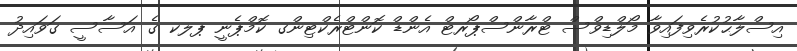
އިސްލާޙުކުރެވިފައިވާ މޯލްޑިވްސް ޓްރާންސްޕޯރޓް އެންޑް ކޮންޓްރެކްޓިންގ ކޮމްޕެނީ ޕލކ ގެ އަސާސީ ގަވައިދު